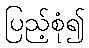
ပြည့်စုံ၍